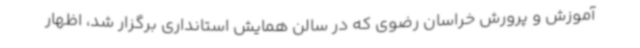
آموزش و پرورش خراسان رضوی که در سالن همایش استانداری برگزار شد، اظهار